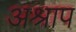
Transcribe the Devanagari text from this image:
अश्राप